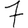
Digit: 7